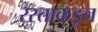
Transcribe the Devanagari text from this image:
रस्ताकडून